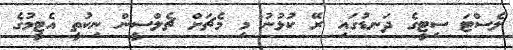
ލެސްޓަ ސިޓީގެ ދަނޑުގައި ރޭ ކުޅުނު މި މެޗަށް ޗެލްސީން ނިކުތީ އެޓީމުގެ